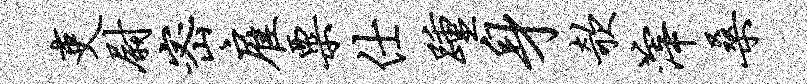
吏尉密雇粟仕踵身欹滓桑